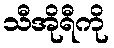
သီအိုရီကို